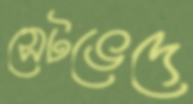
সেটভেদে